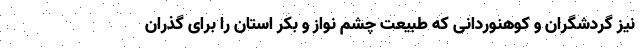
نیز گردشگران و کوهنوردانی که طبیعت چشم نواز و بکر استان را برای گذران